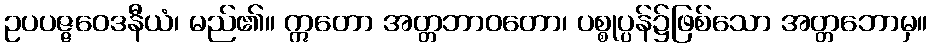
ဥပပဇ္ဇဝေဒနီယံ၊ မည်၏။ ဣတော အတ္တဘာဝတော၊ ပစ္စုပ္ပန်၌ဖြစ်သော အတ္တဘောမှ။